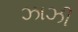
ઝાઝી